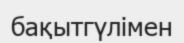
бақытгүлімен